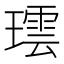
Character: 𬎌